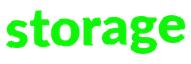
storage